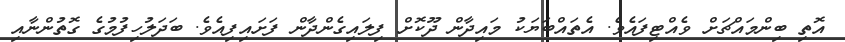
އޮތި ބިންމައްޗަށް ވެއްޓިފައެވެ. އެތައްބަޔަކު މައިދާން ދޫކޮށް ފިލައިގެންދާން ފަށައިފިއެވެ. ބަދަލުހިފުމުގެ ގޮތުންނާއި